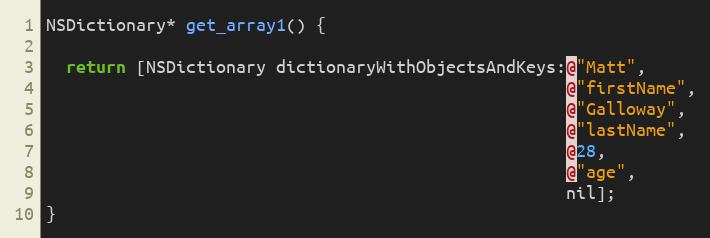
Language: C
NSDictionary* get_array1() {

  return [NSDictionary dictionaryWithObjectsAndKeys:@"Matt",
                                                    @"firstName",
                                                    @"Galloway",
                                                    @"lastName",
                                                    @28,
                                                    @"age",
                                                    nil];
}